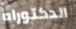
الدكتوراه